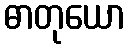
ဓာတုယော